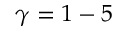
\gamma = 1 - 5